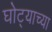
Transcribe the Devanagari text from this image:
घोट्याच्या